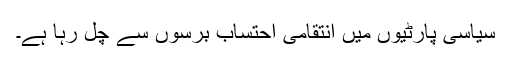
سیاسی پارٹیوں میں انتقامی احتساب برسوں سے چل رہا ہے۔